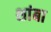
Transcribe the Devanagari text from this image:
शांबा